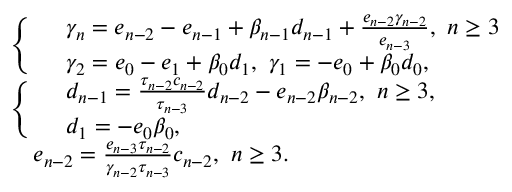
\begin{array} { r l } & { \left\{ \begin{array} { r l } & { \gamma _ { n } = e _ { n - 2 } - e _ { n - 1 } + \beta _ { n - 1 } d _ { n - 1 } + \frac { e _ { n - 2 } \gamma _ { n - 2 } } { e _ { n - 3 } } , ~ n \geq 3 } \\ & { \gamma _ { 2 } = e _ { 0 } - e _ { 1 } + \beta _ { 0 } d _ { 1 } , ~ \gamma _ { 1 } = - e _ { 0 } + \beta _ { 0 } d _ { 0 } , } \end{array} \right. } \\ & { \left\{ \begin{array} { r l } & { d _ { n - 1 } = \frac { \tau _ { n - 2 } c _ { n - 2 } } { \tau _ { n - 3 } } d _ { n - 2 } - e _ { n - 2 } \beta _ { n - 2 } , ~ n \geq 3 , } \\ & { d _ { 1 } = - e _ { 0 } \beta _ { 0 } , } \end{array} \right. } \\ & { ~ ~ ~ e _ { n - 2 } = \frac { e _ { n - 3 } \tau _ { n - 2 } } { \gamma _ { n - 2 } \tau _ { n - 3 } } c _ { n - 2 } , ~ n \geq 3 . } \end{array}